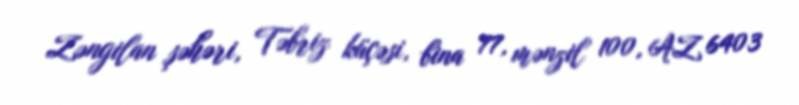
Zəngilan şəhəri, Təbriz küçəsi, bina 77, mənzil 100, AZ 6403